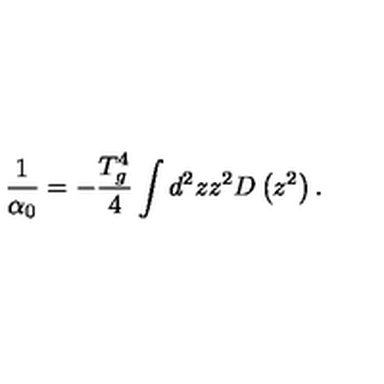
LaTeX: \frac { 1 } { \alpha _ { 0 } } = - \frac { T _ { g } ^ { 4 } } { 4 } \int d ^ { 2 } z z ^ { 2 } D \left( z ^ { 2 } \right) .